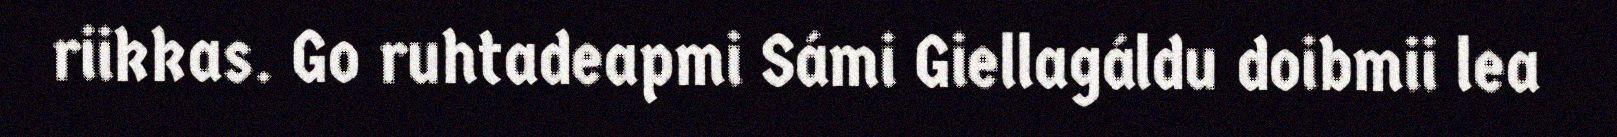
riikkas. Go ruhtadeapmi Sámi Giellagáldu doibmii lea